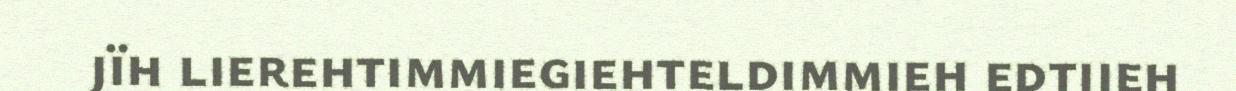
jïh lierehtimmiegiehteldimmieh edtjieh